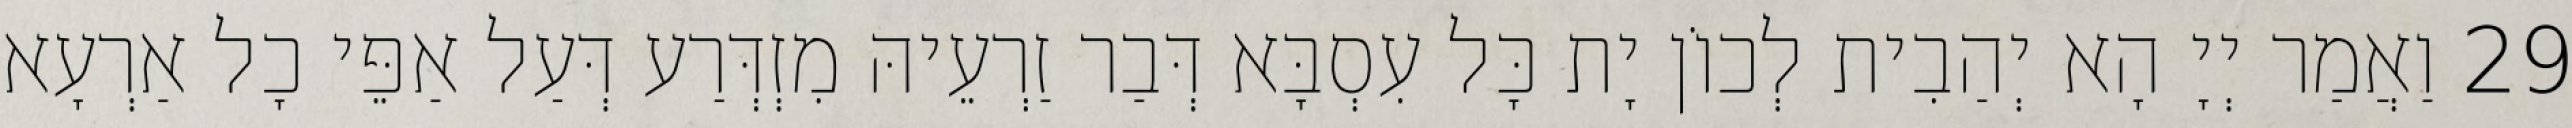
29 וַאֲמַר יְיָ הָא יְהַבִית לְכוֹן יָת כָּל עִסְבָּא דְּבַר זַרְעֵיהּ מִזְדְּרַע דְּעַל אַפֵּי כָל אַרְעָא